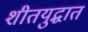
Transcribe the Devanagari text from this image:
शीतयुद्धात